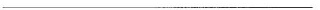
___